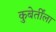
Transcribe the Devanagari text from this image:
कुबेर्तींला